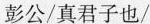
彭公/真君子也/